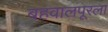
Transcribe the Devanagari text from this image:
बहवालपूरला